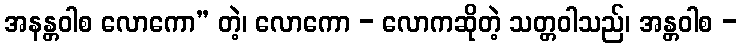
အနန္တဝါစ လောကော” တဲ့၊ လောကော - လောကဆိုတဲ့ သတ္တဝါသည်၊ အန္တဝါစ -